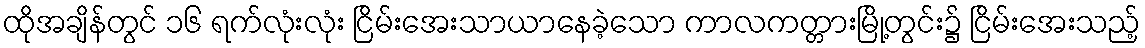
ထိုအချိန်တွင် ၁၆ ရက်လုံးလုံး ငြိမ်းအေးသာယာနေခဲ့သော ကာလကတ္တားမြို့တွင်း၌ ငြိမ်းအေးသည့်